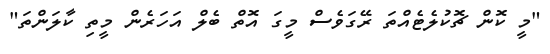
"މީ ކޮން ޗޮކުލެޓެއްތަ ރޭގަވެސް މީގަ އޮތް ބެލް އަހަރެން މީތި ކާލަންތަ"